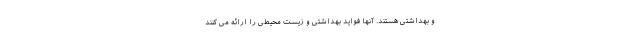
و بهداشتی هستند. آنها فواید بهداشتی و زیست محیطی را ارائه می کنند